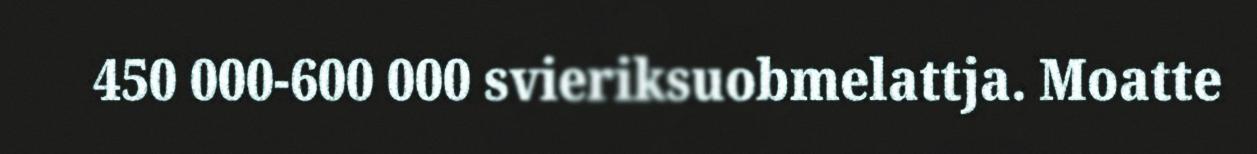
450 000-600 000 svieriksuobmelattja. Moatte